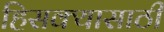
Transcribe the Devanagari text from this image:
हिसक्यासाठी